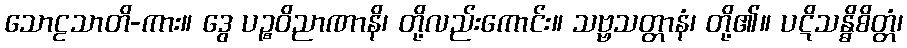
သောဠသာတိ-ကား။ ဒွေ ပဉ္စဝိညာဏာနိ၊ တို့လည်းကောင်း။ သဗ္ဗသတ္တာနံ၊ တို့၏။ ပဋိသန္ဓိစိတ္တံ၊